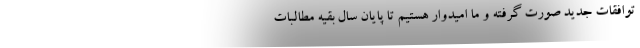
توافقات جدید صورت گرفته و ما امیدوار هستیم تا پایان سال بقیه مطالبات